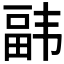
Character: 𮸰